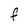
Character: f